Scottish Certificate of Education, 1962
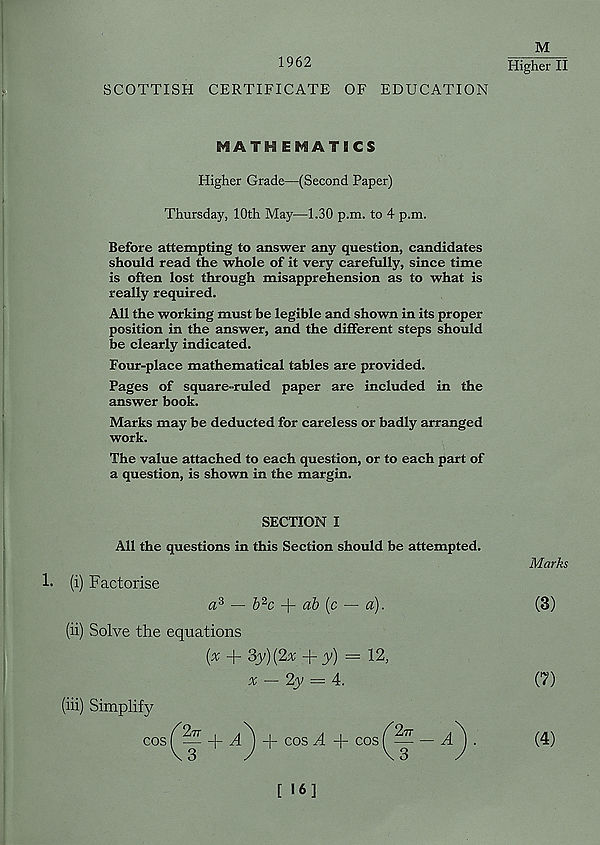
1962
M
Higher II
SCOTTISH CERTIFICATE OF EDUCATION
HATH EMATICS
Higher Grade—(Second Paper)
Thursday, 10th May—1.30 p.m. to 4 p.m.
Before attempting to answer any question, candidates
should read the whole of it very carefully, since time
is often lost through misapprehension as to what is
really required.
All the working must be legible and shown in its proper
position in the answer, and the different steps should
be clearly indicated.
Four-place mathematical tables are provided.
Pages of square-ruled paper are included in the
answer book.
Marks may be deducted for careless or badly arranged
work.
The value attached to each question, or to each part of
a question, is shown in the margin.
SECTION I
All the questions in this Section should be attempted.
!• (i) Factorise
a 3 — & 2 c
ab (c — a).
(ii) Solve the equations
(% + Sy){2x +y) = 12,
x — 2y = 4.
(iii) Simplify
cos
277 + ./!) + cos A + cos
— A
[ 16]
Marks
(3)
(7)
(4)